Vaccine operations Central Provinces 1886-1899 - 1886-1899
Year: 1886
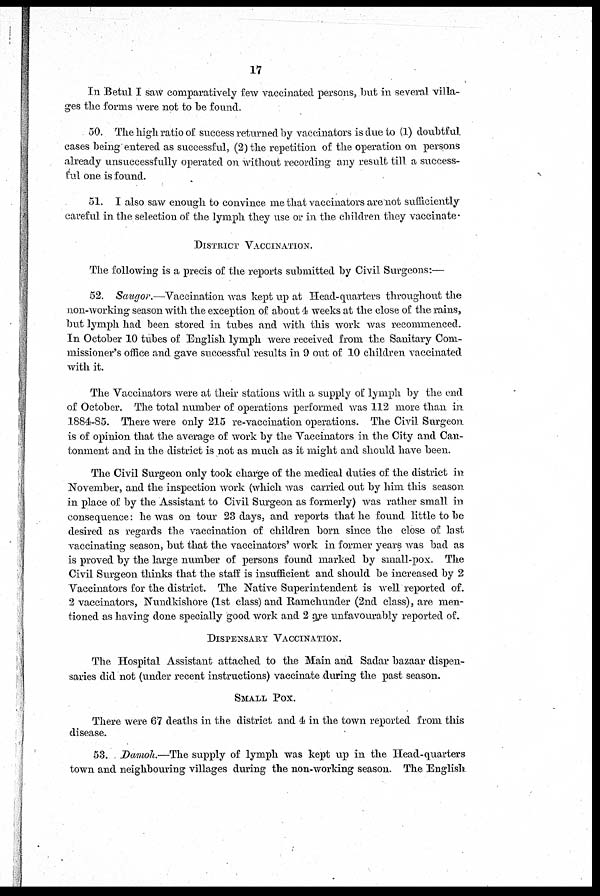
17
In Betul I saw comparatively few vaccinated persons, but in several villa-
ges the forms were not to be found.
50. The high ratio of success returned by vaccinators is due to (1) doubtful
cases being entered as successful, (2) the repetition of the operation on persons
already unsuccessfully operated on without recording any result till a success-
ful one is found.
51. I also saw enough to convince me that vaccinators are not sufficiently
careful in the selection of the lymph they use or in the children they vaccinate.
DISTRICT VACCINATION.
The following is a precis of the reports submitted by Civil Surgeons:—
52. Saugor.—Vaccination was kept up at Head-quarters throughout the
non-working season with the exception of about 4 weeks at the close of the rains,
but lymph had been stored in tubes and with this work was recommenced.
In October 10 tubes of English lymph were received from the Sanitary Com-
missioner's office and gave successful results in 9 out of 10 children vaccinated
with it.
The Vaccinators were at their stations with a supply of lymph by the end
of October. The total number of operations performed was 112 more than in
1884-85. There were only 215 re-vaccination operations. The Civil Surgeon
is of opinion that the average of work by the Vaccinators in the City and Can-
tonment and in the district is not as much as it might and should have been.
The Civil Surgeon only took charge of the medical duties of the district in
November, and the inspection work (which was carried out by him this season
in place of by the Assistant to Civil Surgeon as formerly) was rather small in
consequence: he was on tour 23 days, and reports that he found little to be
desired as regards the vaccination of children born since the close of last
vaccinating season, but that the vaccinators' work in former years was bad as
is proved by the large number of persons found marked by small-pox. The
Civil Surgeon thinks that the staff is insufficient and should be increased by 2
Vaccinators for the district. The Native Superintendent is well reported of.
2 vaccinators, Nundkishore (1st class) and Ramchunder (2nd class), are men-
tioned as having done specially good work and 2 are unfavourably reported of.
DISPENSARY VACCINATION.
The Hospital Assistant attached to the Main and Sadar bazaar dispen-
saries did not (under recent instructions) vaccinate during the past season.
SMALL POX.
There were 67 deaths in the district and 4 in the town reported from this
disease.
53. Damoh.—The supply of lymph was kept up in the Head-quarters
town and neighbouring villages during the non-working season. The English